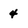
Character: 4